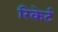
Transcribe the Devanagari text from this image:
रिकेर्ट